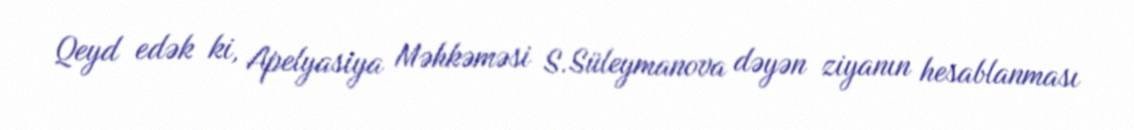
Qeyd edək ki, Apelyasiya Məhkəməsi S.Süleymanova dəyən ziyanın hesablanması